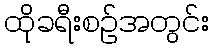
ထိုခရီးစဉ်အတွင်း